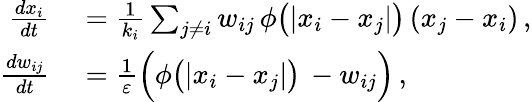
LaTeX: \begin{array}{rl}{\frac{dx_{i}}{dt}}&{{}=\frac{1}{k_{i}}\sum_{j\neq i}w_{ij}\, \phi\big(|x_{i}-x_{j}|\big)\, (x_{j}-x_{i})\, ,}\\ {\frac{dw_{ij}}{dt}}&{{}=\frac{1}{\varepsilon}\Big(\phi\big(|x_{i}-x_{j}|\big)\, -w_{ij}\Big)\, ,}\end{array}